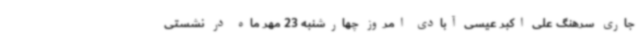
جاری سرهنگ علی اکبر عیسی آبادی امروز چهارشنبه 23 مهر ماه در نشستی